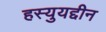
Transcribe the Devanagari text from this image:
हस्युयद्दीन